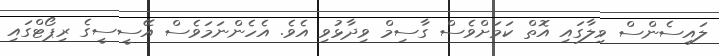
ލައިސެންސް ވިލާގައި އޮތް ކަމަށްވެސް ގާސިމް ވިދާޅުވި އެވެ. އެހެންނަމަވެސް އޭސީސީގެ ރިޕޯޓްގައި